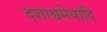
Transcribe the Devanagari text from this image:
दशाश्वमेघादि